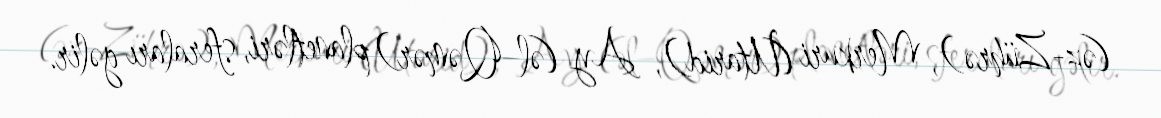
(əz-Zührə), Merkuri (Utarid), Ay (əl–Qəmər) planetləri, sferaları gəlir.